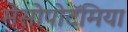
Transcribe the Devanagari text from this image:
मेसोपोटॅमिया